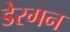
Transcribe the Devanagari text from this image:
डेरगन